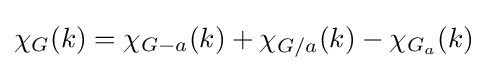
\chi _{G}(k)=\chi _{G-a}(k)+\chi _{G/a}(k)-\chi _{G_{a}}(k)